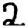
Digit: 2